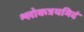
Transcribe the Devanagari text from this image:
श्लोकत्रयमिदं